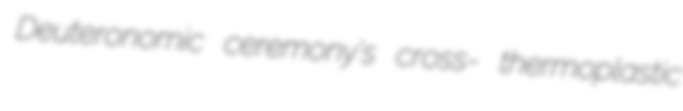
Deuteronomic ceremony's cross- thermoplastic